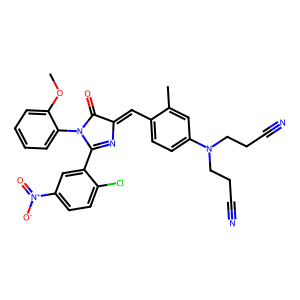
SMILES: COc1ccccc1N1C(=O)C(=Cc2ccc(N(CCC#N)CCC#N)cc2C)N=C1c1cc([N+](=O)[O-])ccc1Cl
Inhibits HIV replication: No